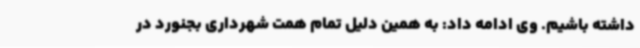
داشته باشیم. وی ادامه داد: به همین دلیل تمام همت شهرداری بجنورد در